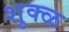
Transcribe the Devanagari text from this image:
शुक्ळ